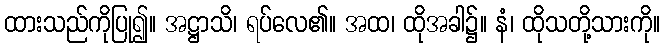
ထားသည်ကိုပြု၍။ အဋ္ဌာသိ၊ ရပ်လေ၏။ အထ၊ ထိုအခါ၌။ နံ၊ ထိုသတို့သားကို။